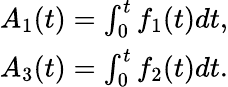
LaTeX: \begin{array}{r}{A_{1}(t)=\int_{0}^{t}f_{1}(t)dt,}\\ {A_{3}(t)=\int_{0}^{t}f_{2}(t)dt.}\end{array}